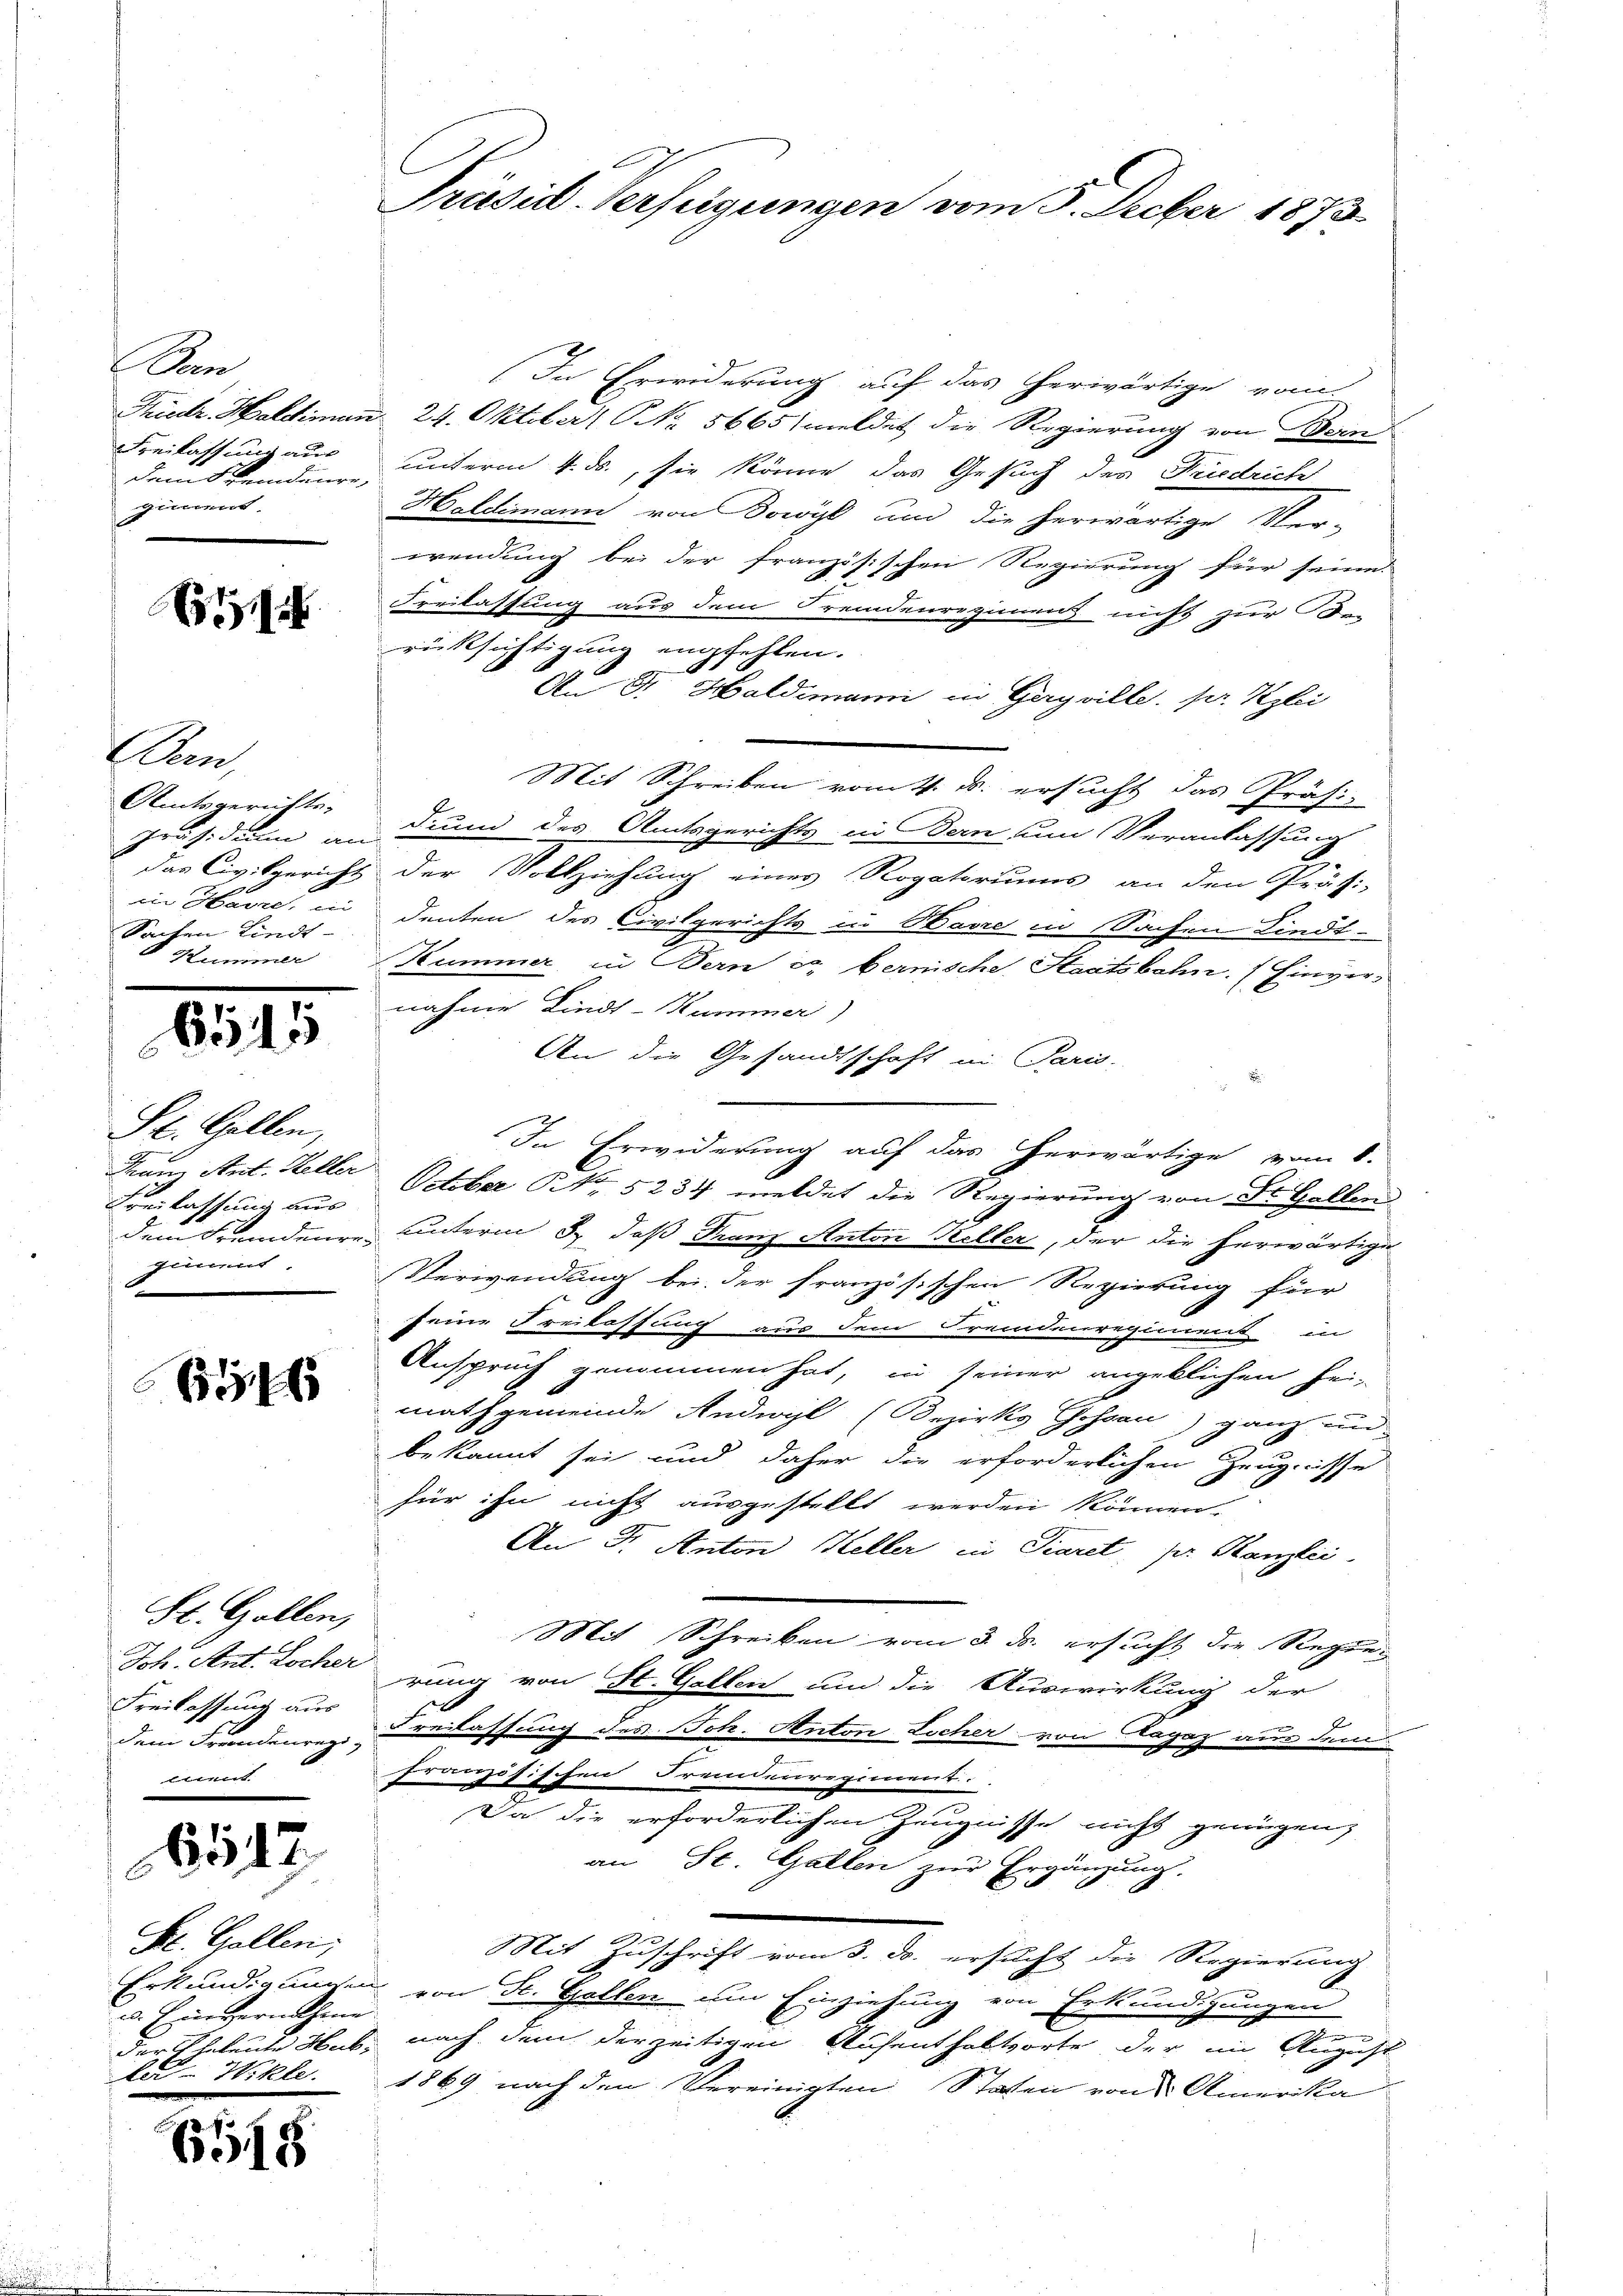
Bern
Beilassung aus
dem Fremdaure,
giment.

B

Bern,
Amtsgerichts-
Sachen Lindt-
Kummer

6545

St. Gallen,
Freilassung aus
sint

646

St. Gallen,
Freilassung aus

6512.

St. Gallen,
u. Einvernehme
te Wille.

131

.

In Erwiderung auf das herwärtige vom
Friedr. Haldimann 24. Oktober Nr. 5665) meldet die Regierung von Bern
unterm 4. ds., sie könne das Gesuch des Friedrich
Haldimann von Dowyl und die herwärtige Ver-
wendung bei der französischen Regierung für seine
Freilassung aus dem Fremdenregimens nicht zur Son
rücksichtigung empfehlen.
8.
An Fr. Haldimann in Gagville. pr. Klei
Mit Schreiben vom 4. ds. ersucht das Präsi-
Präsidium an dium des Amtsgerichts in Bern, um Veranlassung
das Civilgericht der Vollziehung eines Rogatoriums an den Präsi-
in Havre, indenten des Civilgerichts in Baire in Sachen Lindt-
Summer, in Bern er bernische Staatsbahn. (Einvernahme Lindt-Hummer
An die Gesandtschaft in Paris.
2
In Erwiderung auf das herwärtige vom 8.
Franz Ant. Heller October No. 5234 meldet die Regierung von Dr. Gellen
dem Fremdenre unterm 3. daß Franz Anton Keller, der die herwärtige
Verwendung bei der französischen Regierung für
seine Freilassung aus dem Fremdenregiment in
Anspruch genommen hat, in seiner angeklichen sei-
mathgemeinde Andwyl (Bezirks Jossau) ganz und
bekannt sei und daher die erforderlichen Zeugnisse
für ihn nicht ausgestellt werden können.
An Dr. Anton Keller in Diaret, pr Kanzlei
Mit Schreiben vom 3. ds. ersucht die Regie¬
Ich. Ant. Locher rung von St. Gallen um die Auswirkung der
dem Fremdenre Freilassung des Joh. Anton Locher von Ragaz aus dem
französischen Fremdenregiment.
Da die erforderlichen Zeugnisse nicht genügen,
an St. Gallen zur Ergänzung
2
Mit Zuschrift vom 3. ds. ersucht die Regierung
Erkundigungen von St. Gallen um Einziehung von Erkundigungen
g
der Eheleute Was nach dem derzeitigen Aufenthaltorte der im August
1869 nach den Vereinigten Staten von Amerika

Präsid. Verfügungen vom 5. Feber 1873.